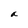
Character: a